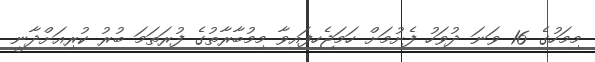
މިމަހުގެ 16 ވަނަ ދުވަހު ފެށުމަށް ހަމަޖެހިފައިވާ މިމުބާރާތުގެ ފުރަތަމަ ބުރު ކުރިއަށްދާނީ